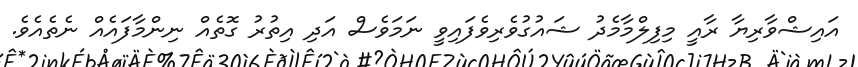
އައިޝްވާރިޔާ ރާއީ މިފިލްމާމެދު ޝައުގުވެރިވެފައިވީ ނަމަވެސް އަދި އިތުރު ގޮތެއް ނިންމާފައެއް ނެތެއެވެ.